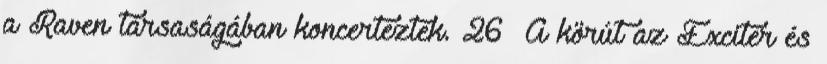
a Raven társaságában koncerteztek. 26 A körút az Exciter és